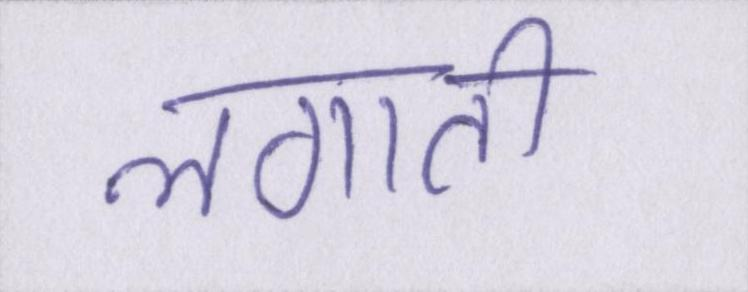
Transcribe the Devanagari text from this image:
लगाती